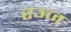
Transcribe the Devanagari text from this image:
रञ्ज